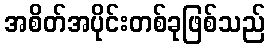
အစိတ်အပိုင်းတစ်ခုဖြစ်သည်